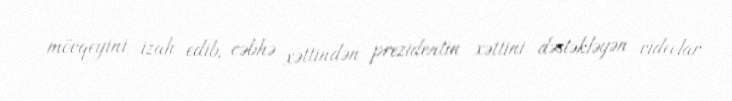
mövqeyini izah edib, cəbhə xəttindən prezidentin xəttini dəstəkləyən videolar